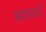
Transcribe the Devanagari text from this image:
अवनयनों